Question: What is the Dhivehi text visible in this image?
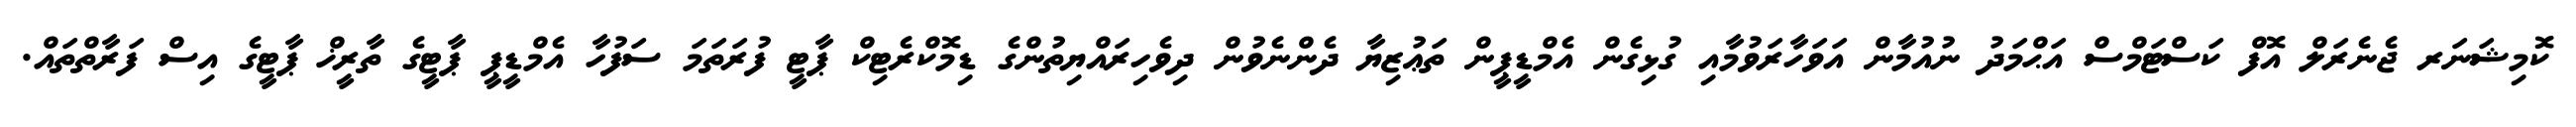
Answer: ކޮމިޝަނަރ ޖެނެރަލް އޮފް ކަސްޓަމްސް އަޙްމަދު ނުއުމާން އަވަހާރަވުމާއި ގުޅިގެން އެމްޑީޕީން ތަޢުޒިޔާ ދެންނެވުން ދިވެހިރައްޔިތުންގެ ޑިމޮކްރެޓިކް ޕާޓީ ފުރަތަމަ ސަފުހާ އެމްޑީޕީ ޕާޓީގެ ތާރީޚް ޕާޓީގެ އިސް ފަރާތްތައް.